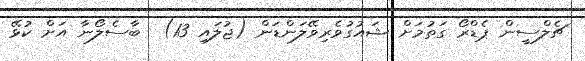
ޗެލްސީން ޕެޑްރޯ ގަތުމަށް ޝައުގުވެރިވޭލަންޑަން (ޖުލައި 13)  ބާސެލޯނާ އަށް ކުޅޭ